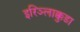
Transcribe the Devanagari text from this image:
इरिञ्लाक्कुडा